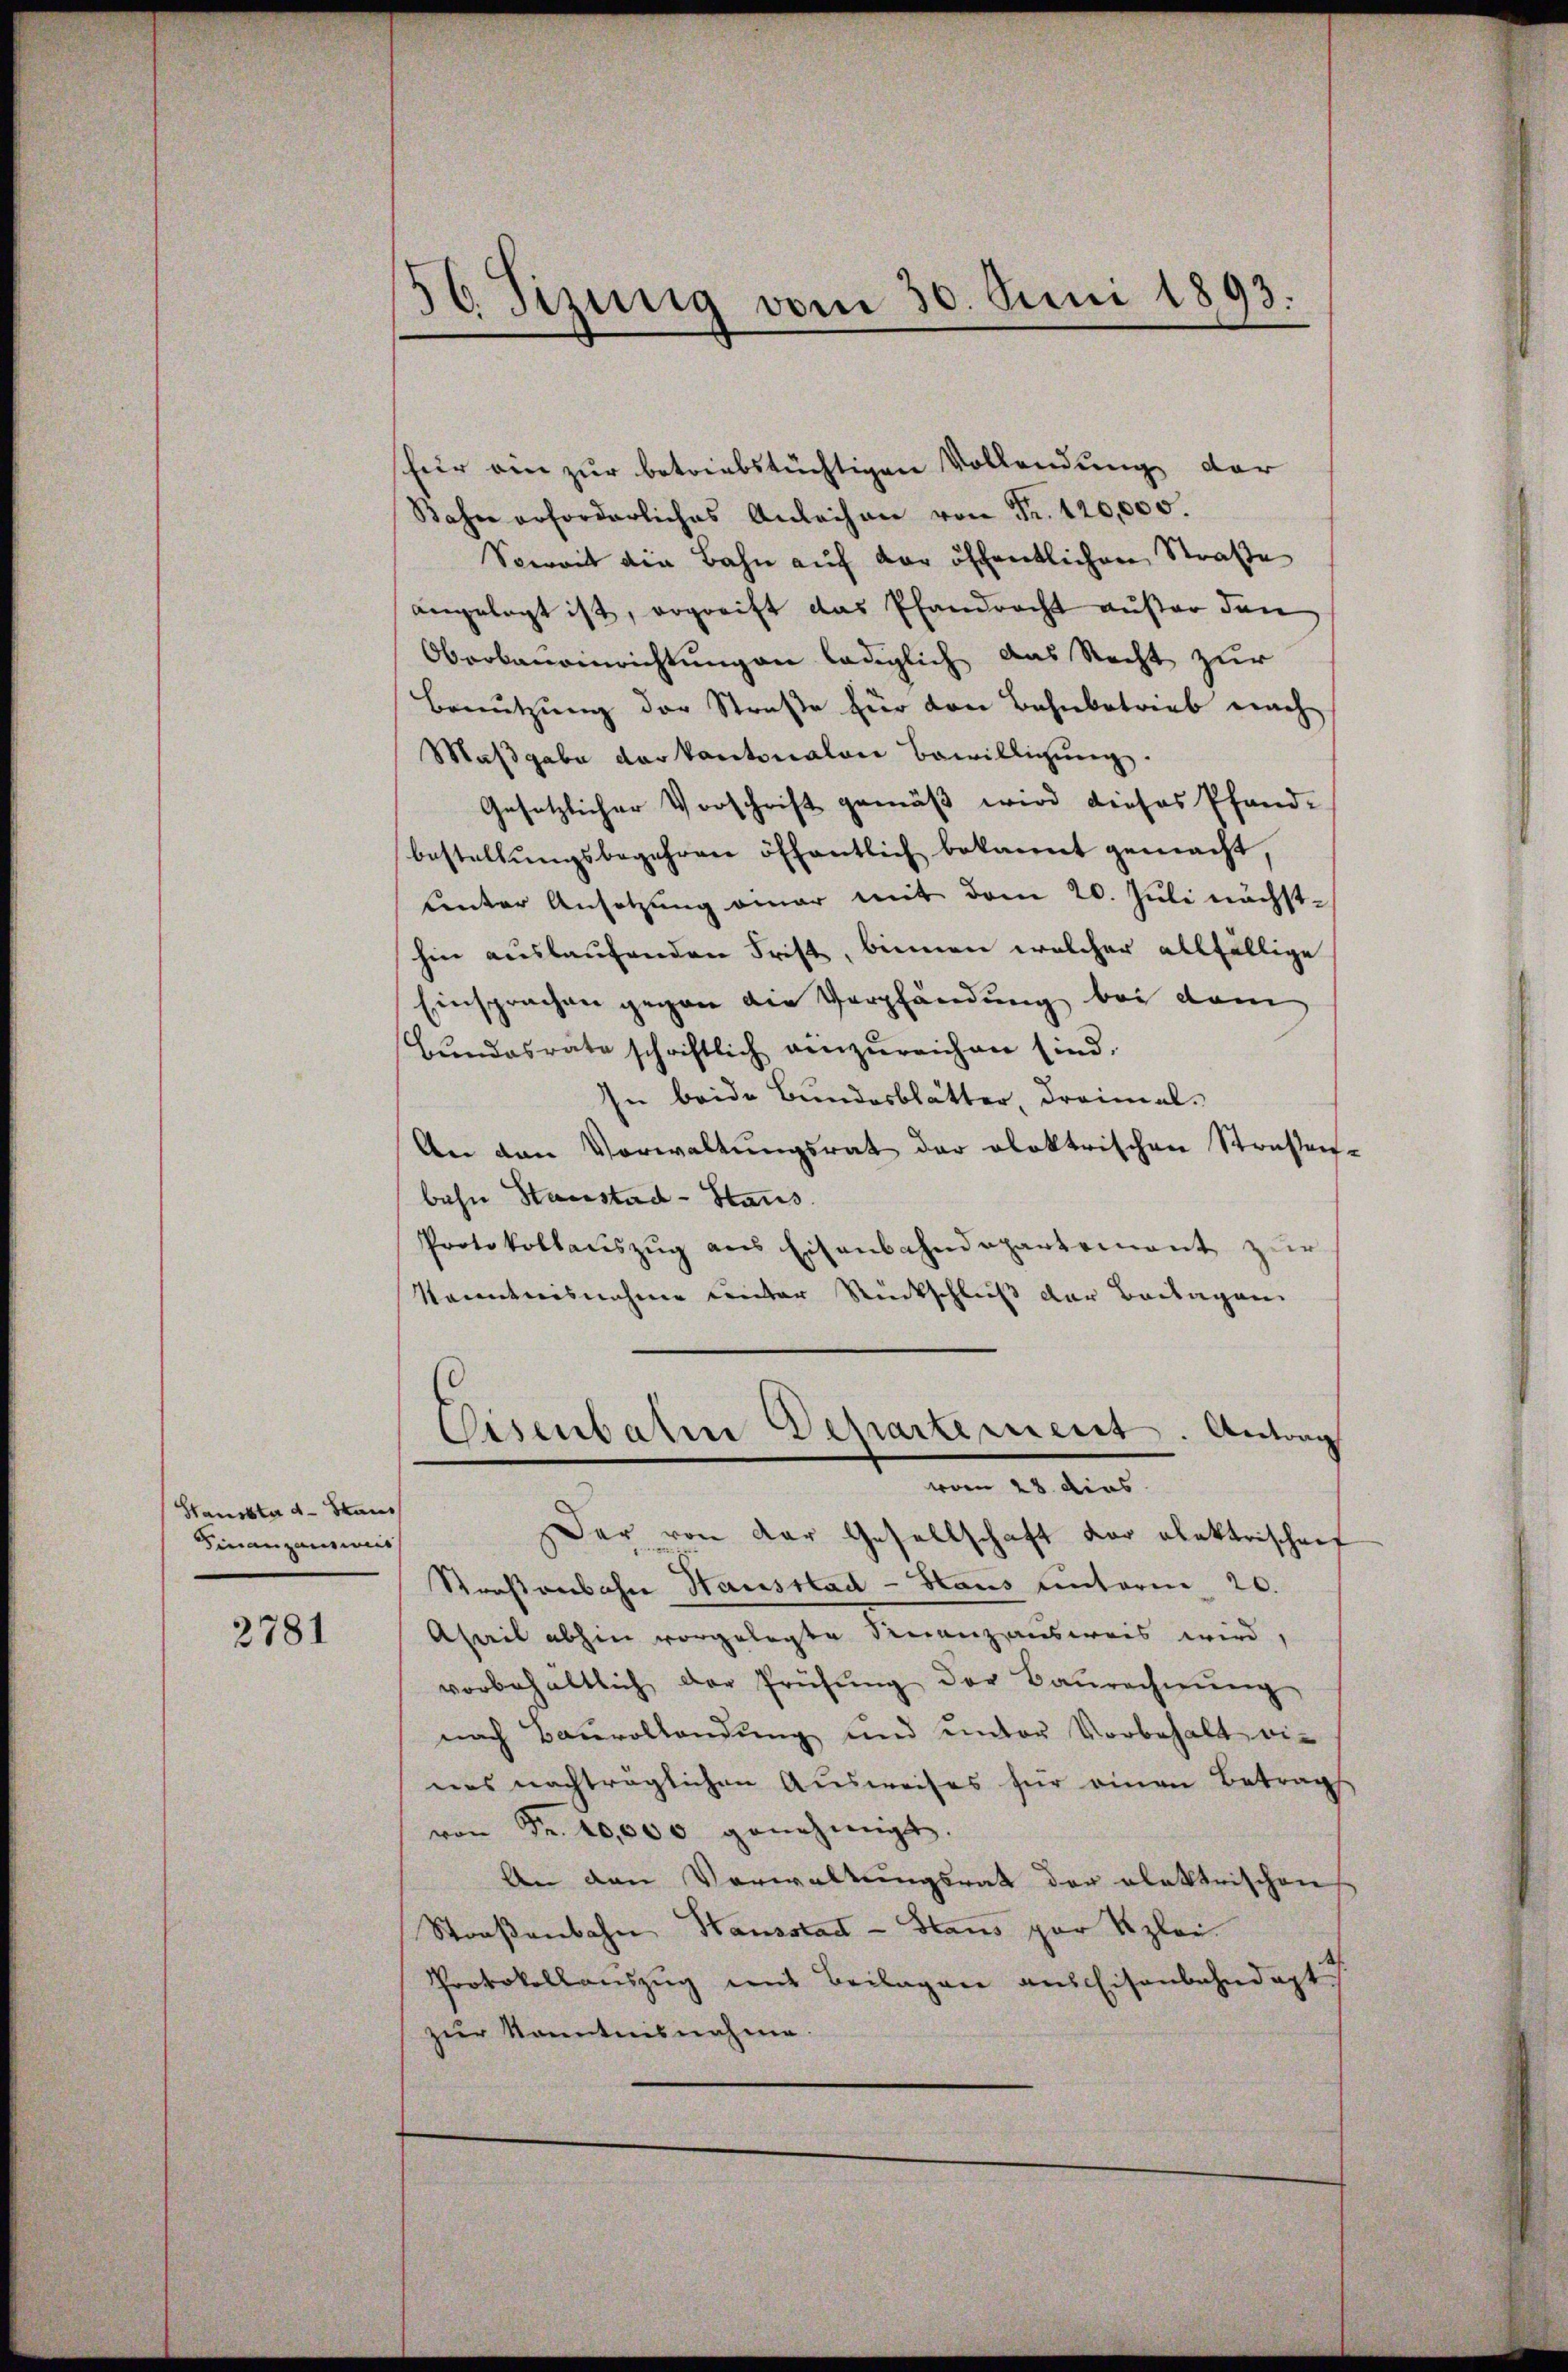
Hausste d. Staus
Finanzausweis

2781

56 Fizung vom 30. Juni 1893.

für ein zur betriebstüchtigen Vollendung der
Bahn erforderliches Anleihen von Fr. 120,000.
Soweit die Bahn auf der öffentlichen Straße
angelegt ist, ergreift das Pfandrecht außer den
Oberbaueinrichtungen lediglich das Recht zur
Benutzung der Straße für den Bahnbetrieb nach
Maβgabe der kantonalen Bewilligŭng.
Gesetzlicher Vorschrift gemäß wird dieses Pfand-
bestellungsbegehren öffentlich bekannt gemacht,
Lnter Ansetzŭng einer mit dem 20. Juli nächsthin auslaufenden Frist, binnen welcher allfällige
Einsprachen gegen die Verpfändung bei dem
Bŭndesrate schriftlich einzŭreichen sind.
In beide Bundesblätter, dreimal-
An den Vorwaltŭngsrat der oloktrischen Straßen-
behn Stanstad- Staus
Protokollaŭszŭg ans Eisenbahndepartement zur
Kenntnisnahme conter Rückschluß der Beilagen
Eisenbahn Departement. Antrag
vom 23. dies
Der von der Gesellschaft der elektrischenf
Straßenbahre Hausstad - Haus unterm 20.
Aseil abhin vorgelegte Finanzausweis wird,
vorbehältlich der Prüfŭng der Baŭrechnŭng
nach Bauvollendung und unter Vorbehalt ei-
nes nachträglichen Ausweises für einen Betrags
von Fr. 10,000 genehmigt.
An den Verwaltungsrath der elektrischen
Straßenbahn Hausstadt - Hans par Kzlei.
Protokollauszug mit Beilagen aus Eisenbahndapt
zur Kenntnisnahme.